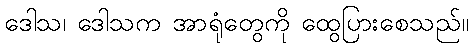
ဒေါသ၊ ဒေါသက အာရုံတွေကို ထွေပြားစေသည်။